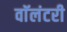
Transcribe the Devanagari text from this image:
वाॅलंटरी